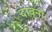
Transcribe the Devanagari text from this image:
दावना